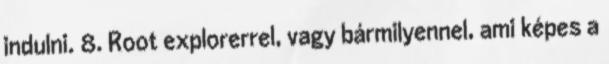
indulni. 8. Root explorerrel, vagy bármilyennel, ami képes a